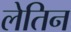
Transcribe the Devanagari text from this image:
लेतिन